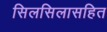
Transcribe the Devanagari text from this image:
सिलसिलासहित